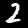
Label: 2